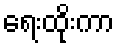
ရေးထိုးကာ